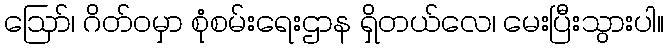
ဩော်၊ ဂိတ်ဝမှာ စုံစမ်းရေးဌာန ရှိတယ်လေ၊ မေးပြီးသွားပါ။